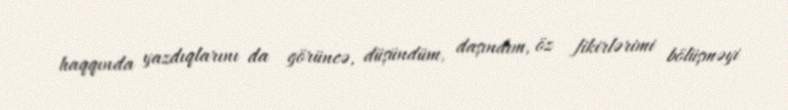
haqqında yazdıqlarını da görüncə, düşündüm, daşındım, öz fikirlərimi bölüşməyi